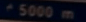
^{\prime}5000\